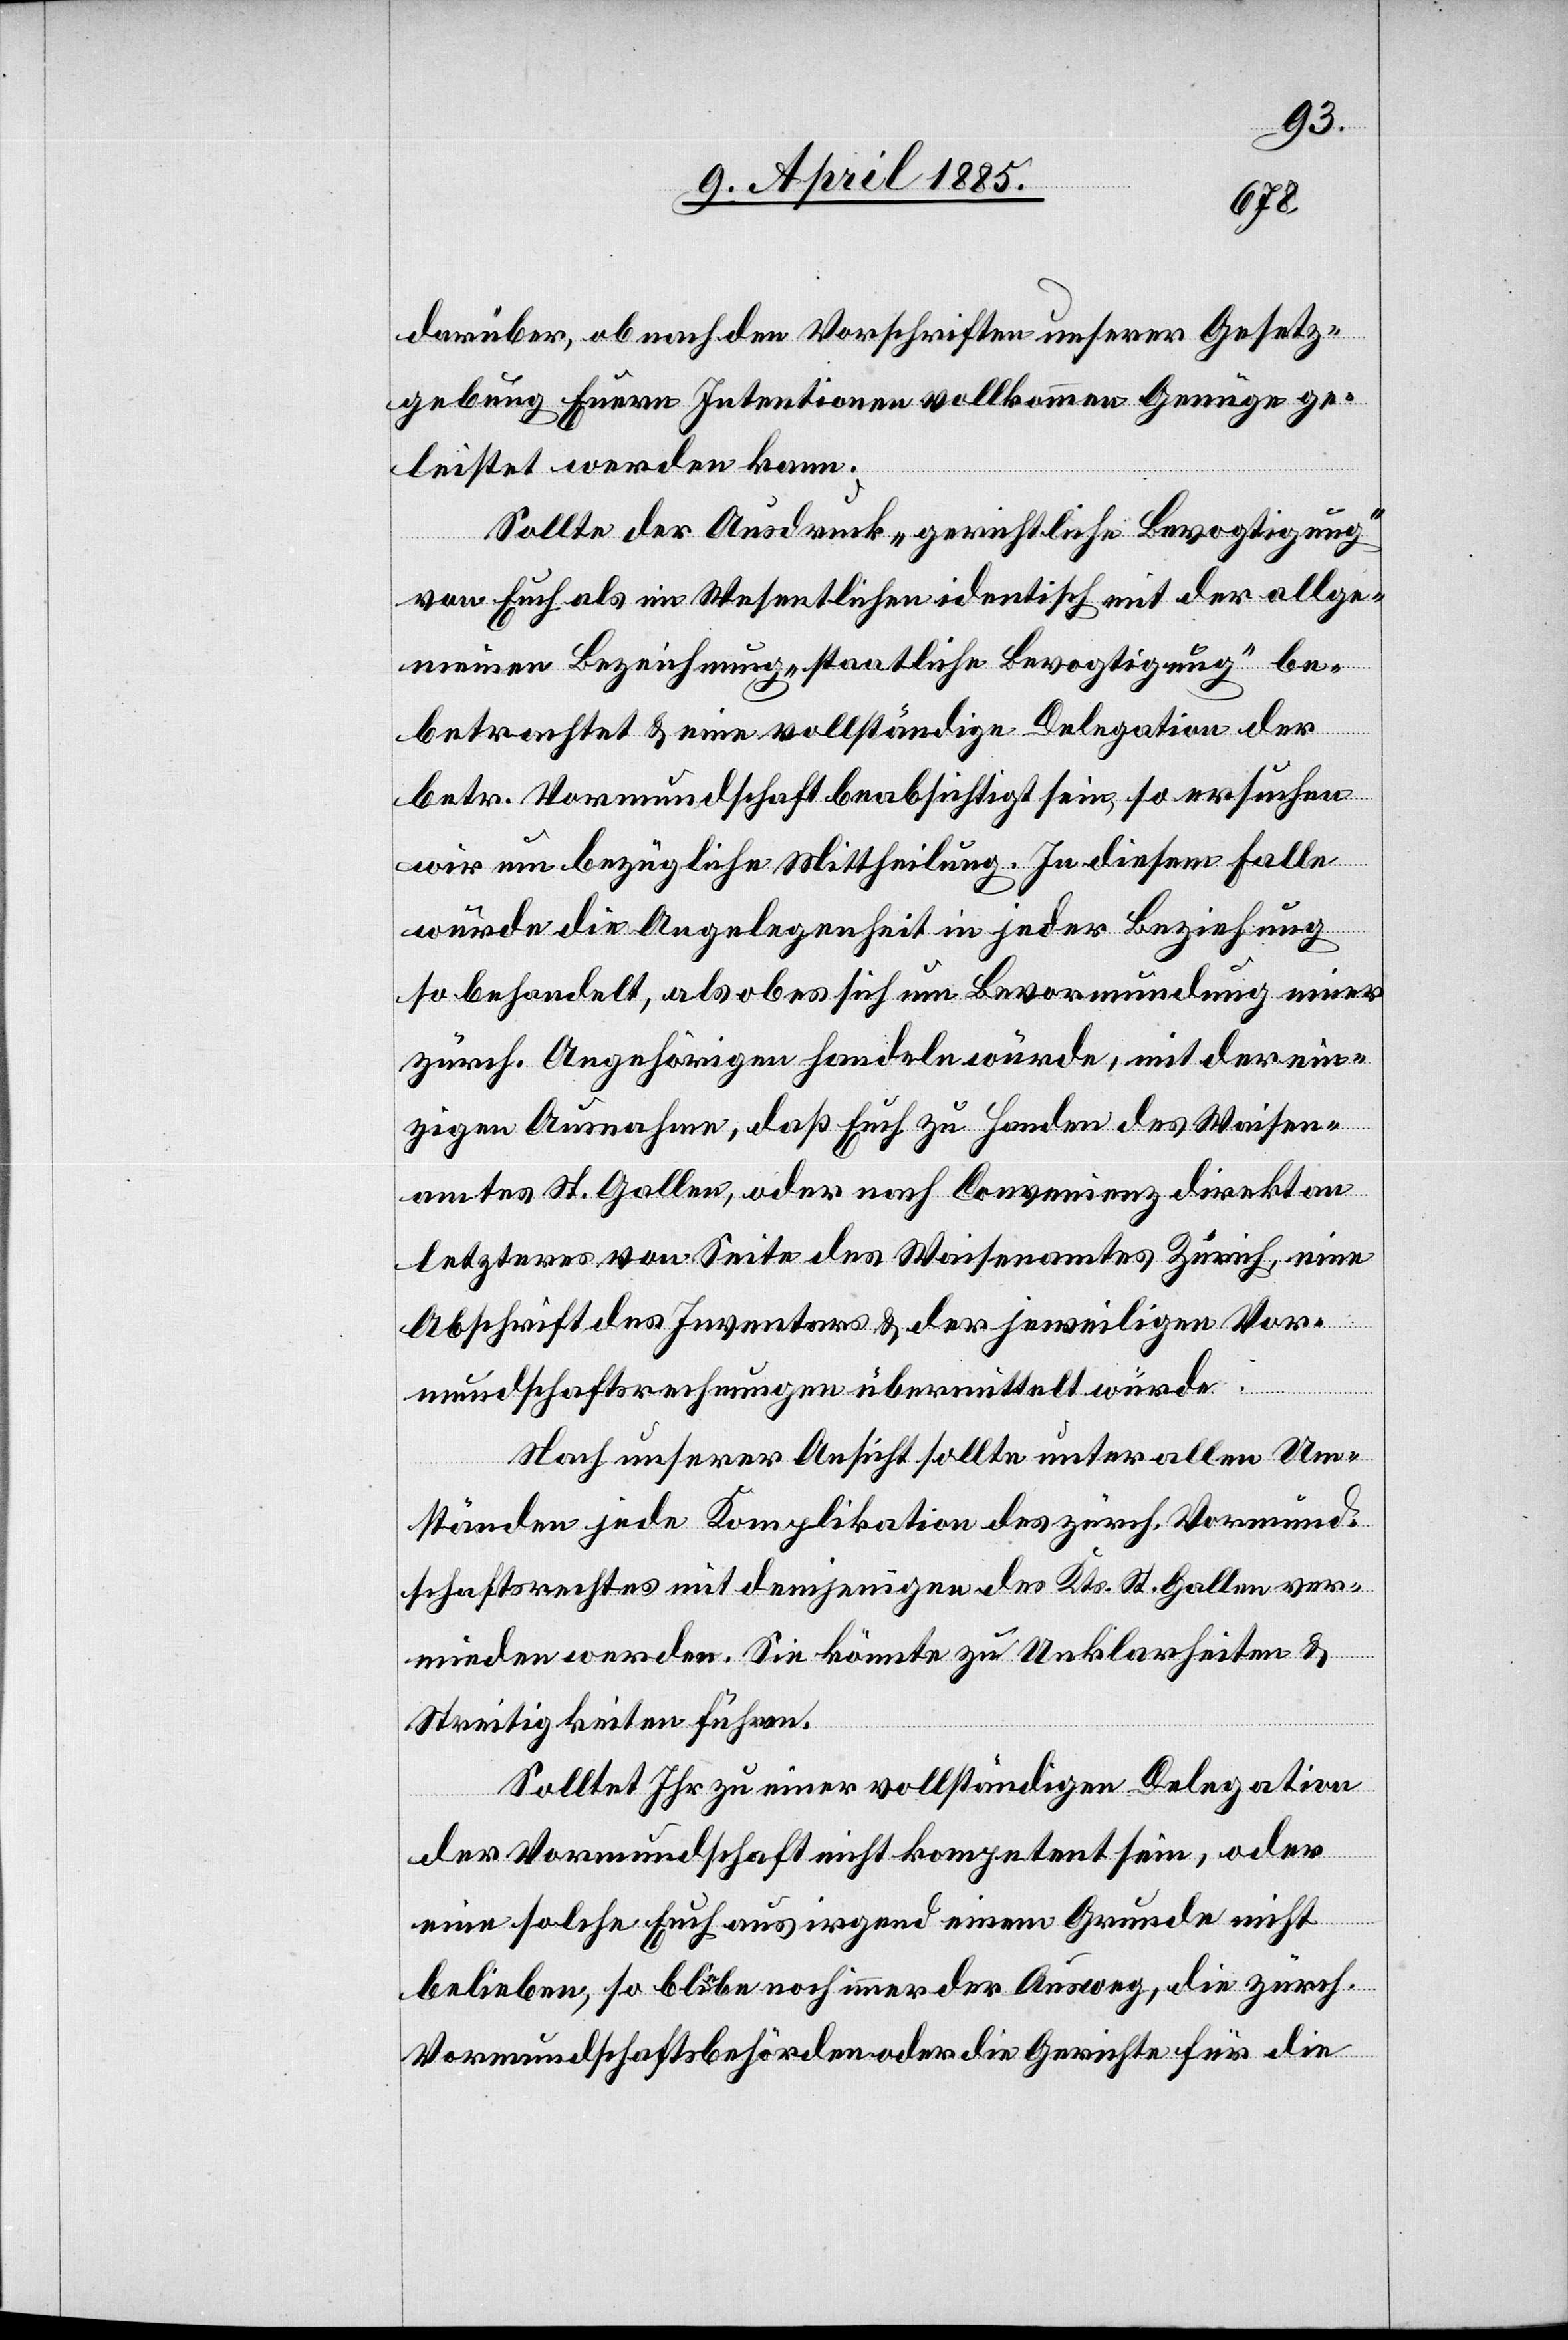
darüber, ob nach den Vorschriften unserer Gesetz¬
gebung Euern Intentionen vollkommen Genüge ge¬
leistet werden kann.
Sollte der Ausdruck „gerichtliche Bevogtigung“
von Euch als im Wesentlichen identisch mit der allge¬
meinen Bezeichnung „staatliche Bevogtigung“ be¬
betrachtet [sic!] & eine vollständige Delegation der
betr. Vormundschaft beabsichtigt sein, so ersuchen
wir um bezügliche Mittheilung. In diesem Falle
würde die Angelegenheit in jeder Beziehung
so behandelt, als ob es sich um Bevormundung einer
zürch. Angehörigen handeln würde, mit der ein¬
zigen Ausnahme, daß Euch zu Handen des Waisen¬
amtes St. Gallen, oder nach Convenienz direkt an
letzterer von Seite des Waisenamtes Zürich, eine
Abschrift des Inventars & der jeweiligen Vor¬
mundschaftsrechnungen übermittelt würde.
Nach unserer Ansicht sollte unter allen Um¬
ständen jede Komplikation des zürch. Vormund¬
schaftsrechtes mit demjenigen des Kts. St. Gallen ver¬
mieden werden. Sie könnte zu Unklarheiten &
Streitigkeiten führen.
Solltet Ihr zu einer vollständigen Delegation
der Vormundschaft nicht kompetent sein, oder
eine solche Euch aus irgend einem Grunde nicht
belieben, so bliebe noch immer der Ausweg, die zürch.
Vormundschaftsbehörden oder die Gerichte für die